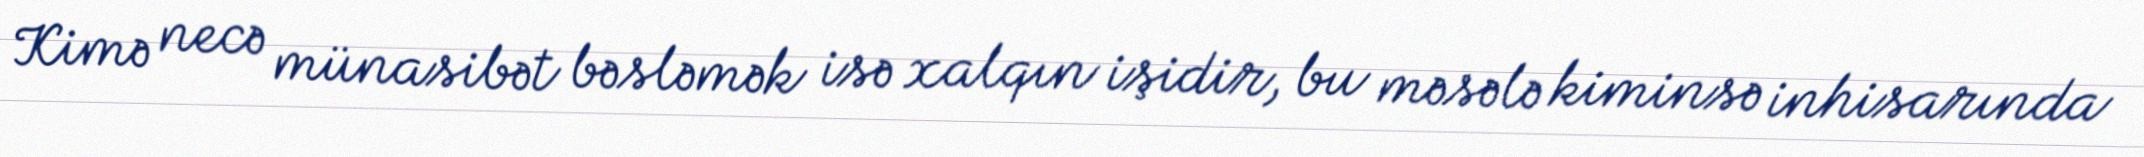
Kimə necə münasibət bəsləmək isə xalqın işidir, bu məsələ kiminsə inhisarında